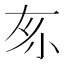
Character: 𡭡